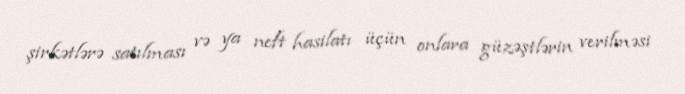
şirkətlərə satılması və ya neft hasilatı üçün onlara güzəştlərin verilməsi